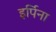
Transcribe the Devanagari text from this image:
इर्पिना